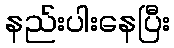
နည်းပါးနေပြီး